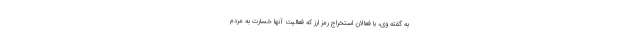
به گفته وی، با فعالان استخراج رمز ارز که فعالیت آنها خسارت به مردم